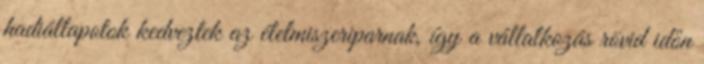
hadiállapotok kedveztek az élelmiszeriparnak, így a vállalkozás rövid időn